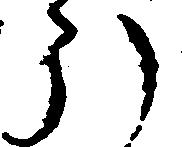
ほ